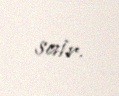
sair.